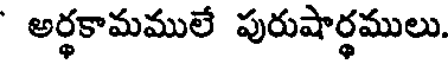
అర్థకామములే పురుషార్థములు.